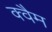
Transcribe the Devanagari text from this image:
क्वैम